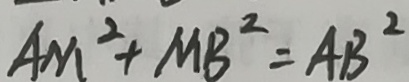
A M ^ { 2 } + M B ^ { 2 } = A B ^ { 2 }